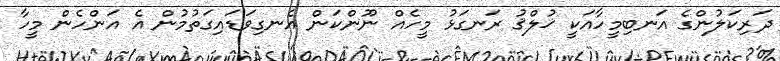
ދަރިކަލުންގެ އަނބިމީހާއަކީ ޚުލްޤު ރަނގަޅު މީހެއް ނޫންކަން އެނގިވަޑައިގަތުމުން އެ އަންހެން މީހާ